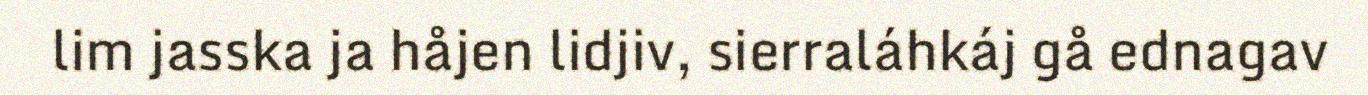
lim jasska ja håjen lidjiv, sierraláhkáj gå ednagav